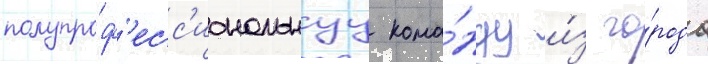
полупроф'есс'иональнуу кома́нду и́з го́рода